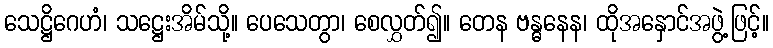
သေဋ္ဌိဂေဟံ၊ သဋ္ဌေးအိမ်သို့။ ပေသေတွာ၊ စေလွှတ်၍။ တေန ဗန္ဓနေန၊ ထိုအနှောင်အဖွဲ့ဖြင့်။